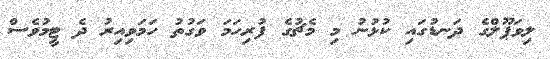
ލިވަޕޫލްގެ ދަނޑުގައި ކުޅުނު މި މެޗުގެ ފުރިހަމަ ވަގުތު ހަމަވިއިރު ދެ ޓީމުވެސް